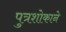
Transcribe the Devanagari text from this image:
पुत्रशोकाने